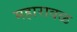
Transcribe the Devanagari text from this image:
महारावळ